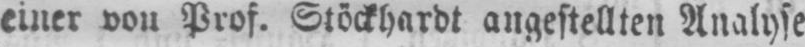
einer von Prof. Stöckhardt angestellten Analyse